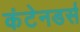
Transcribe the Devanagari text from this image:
कंटेनडर्स